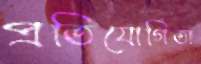
প্রতিযোগিতা